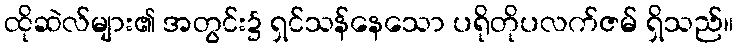
ထိုဆဲလ်များ၏ အတွင်း၌ ရှင်သန်နေသော ပရိုတိုပလက်ဇမ် ရှိသည်။